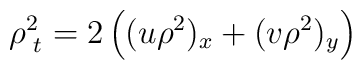
\rho^{2}_{\, \, t}=2\left ((u\rho^{2})_{x}+(v\rho^{2})_{y}\right )